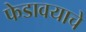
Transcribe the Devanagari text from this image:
फेडावयाचे